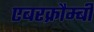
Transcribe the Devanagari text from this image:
एबरक्रौम्बी